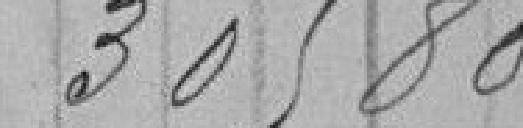
305,80